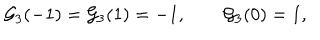
{ \cal G } _ { 3 } ( - 1 ) = { \cal G } _ { 3 } ( 1 ) = - 1 , \qquad { \cal G } _ { 3 } ( 0 ) = 1 ,